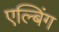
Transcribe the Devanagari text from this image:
एल्बिंग